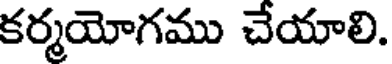
కర్మయోగము చేయాలి.